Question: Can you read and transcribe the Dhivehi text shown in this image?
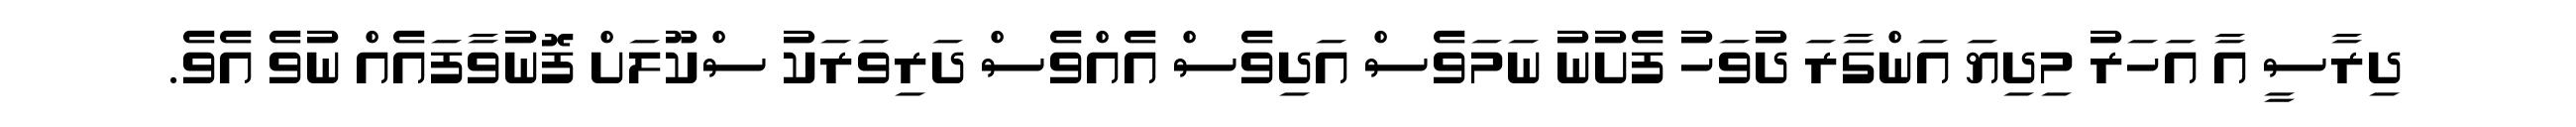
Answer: ދިރާސީ އާ އަހަރު މިދިޔަ އަންގާރަ ދުވަހު ފެށުނު ނަމަވެސް އަދިވެސް އެއްވެސް ދަރިވަރަކު ސްކޫލަށް ފޮނުވާފައެއް ނުވެ އެވެ.